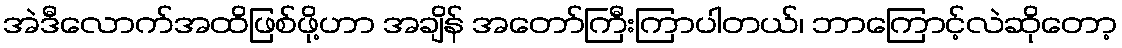
အဲဒီလောက်အထိဖြစ်ဖို့ဟာ အချိန် အတော်ကြီးကြာပါတယ်၊ ဘာကြောင့်လဲဆိုတော့